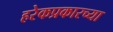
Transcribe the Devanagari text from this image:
हरेकप्रकारच्या